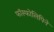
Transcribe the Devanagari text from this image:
फॉस्फोलिपिने